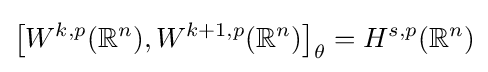
\left[W^{k,p}(\mathbb {R} ^{n}),W^{k+1,p}(\mathbb {R} ^{n})\right]_{\theta }=H^{s,p}(\mathbb {R} ^{n})